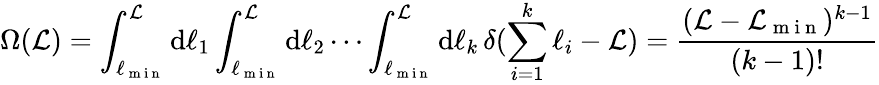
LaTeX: \Omega(\mathcal{L})=\int_{\ell_{\mathrm{~m~i~n~}}}^{\mathcal{L}}\mathrm{d}\ell_{1}\int_{\ell_{\mathrm{~m~i~n~}}}^{\mathcal{L}}\mathrm{d}\ell_{2}\cdots\int_{\ell_{\mathrm{~m~i~n~}}}^{\mathcal{L}}\mathrm{d}\ell_{k}\, \delta(\sum_{i=1}^{k}\ell_{i}-\mathcal{L})=\frac{(\mathcal{L}-\mathcal{L}_{\mathrm{~m~i~n~}})^{k-1}}{(k-1)!}